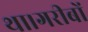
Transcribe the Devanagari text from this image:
था।गरीबों